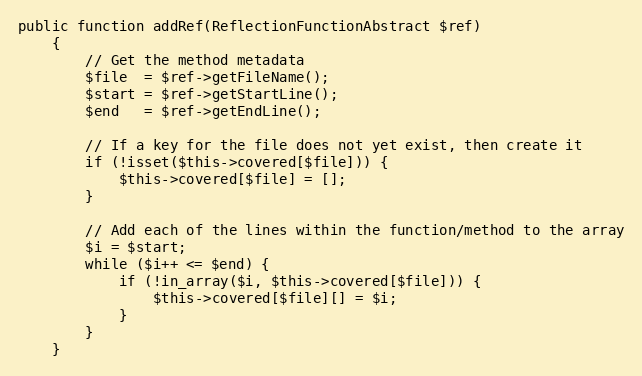
Language: PHP
public function addRef(ReflectionFunctionAbstract $ref)
    {
        // Get the method metadata
        $file  = $ref->getFileName();
        $start = $ref->getStartLine();
        $end   = $ref->getEndLine();

        // If a key for the file does not yet exist, then create it
        if (!isset($this->covered[$file])) {
            $this->covered[$file] = [];
        }

        // Add each of the lines within the function/method to the array
        $i = $start;
        while ($i++ <= $end) {
            if (!in_array($i, $this->covered[$file])) {
                $this->covered[$file][] = $i;
            }
        }
    }